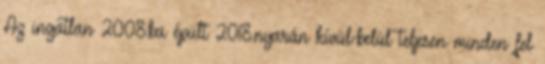
Az ingatlan 2008.ba épült 2018.nyarán kívül-belül teljesen minden fel